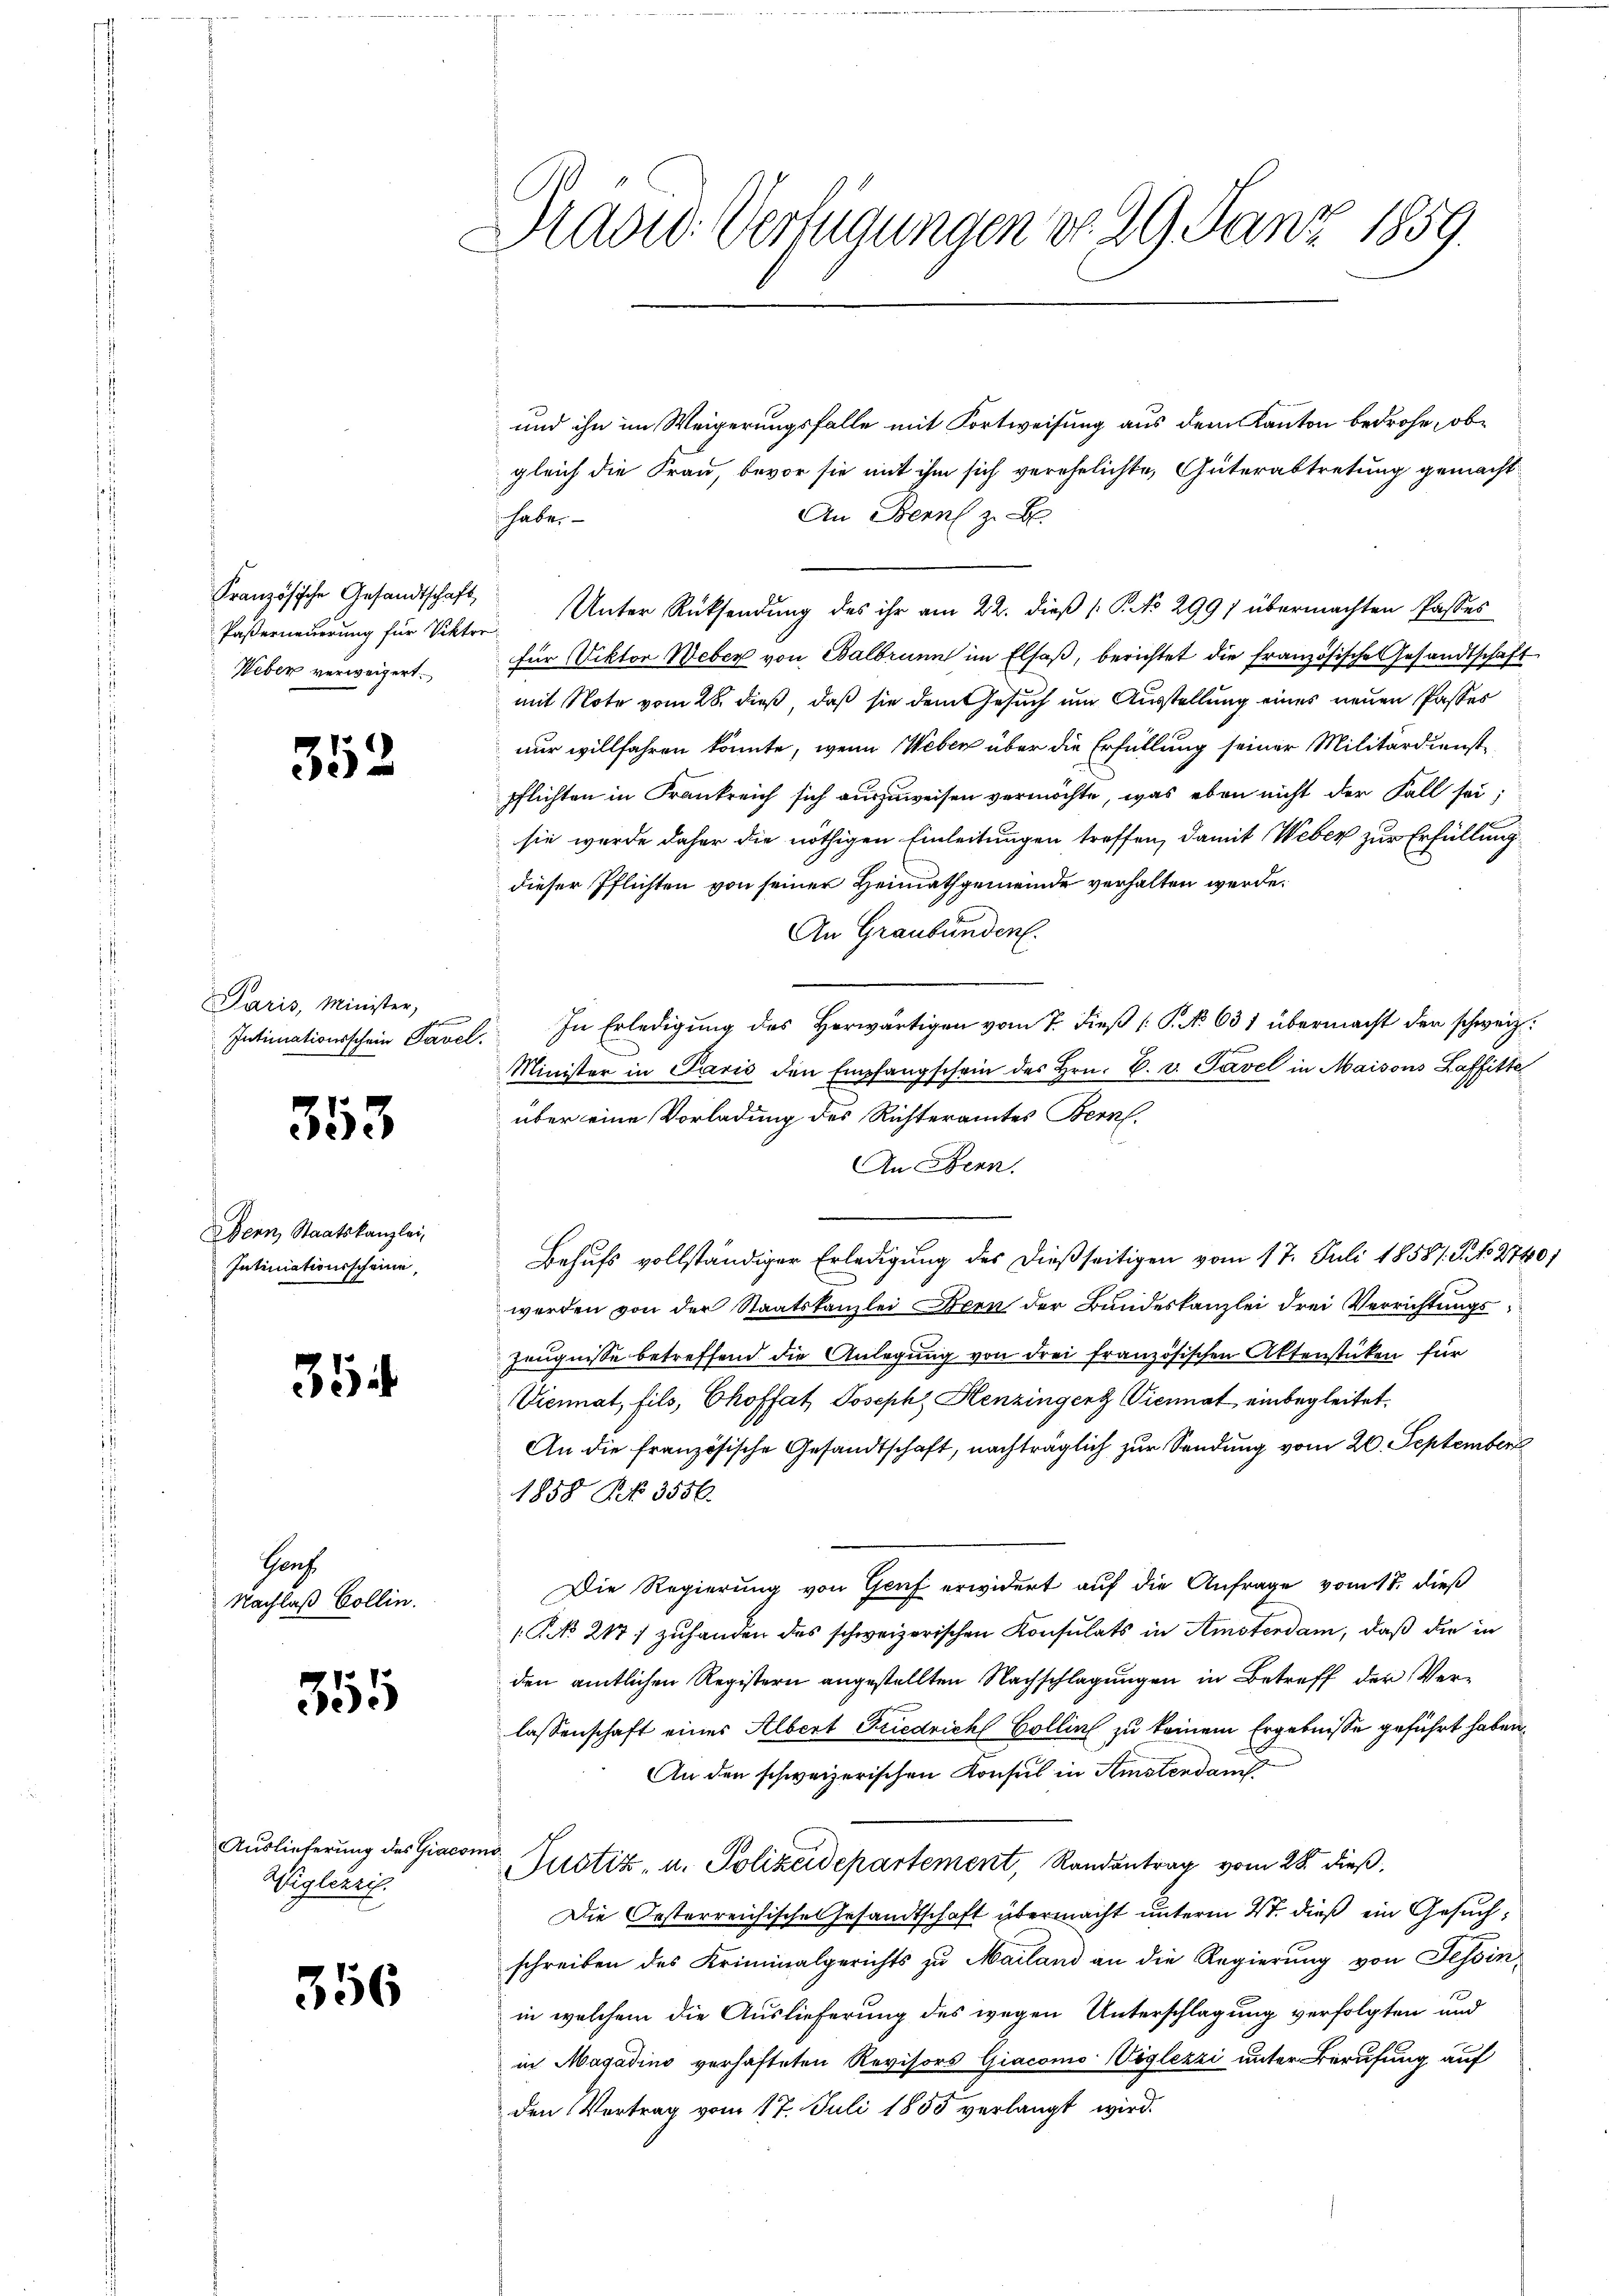
Paserneuerung für Viktor
Weber verweigert.

352

Paris, Minister,
Intimationsschein Tavel.

353

Bern Staatskanzlei,
Intimationsscheine,

354

Gruh.
Nachlaß Collin.

355

Auslieferung des Giacomo¬
Wiglezzif.

356

Draord. Verfügungen do. 29. Janz 1859

und ihn im Weigerungsfalle mit Fortweisung aus dem Kanton bedrohe, obgleich die Frau, bevor sie mit ihm sich verehelichte, Güterabtretung gemacht
An Bern z. B.
habe.
Französische Gesandtschaft Unter Rücksendung des ihr am 22. dieβ (: P. No 2991 übermachten Passes
für Viktor Weber von Balbrunn im Elsaß, berichtet die französische Gesandtschaft
mit Note vom 28. dieß, daß sie dem Gesuch um Ausstellung eines neuen Passes
nur willfahren könnte, wenn Weber über die Erfüllung seiner Militärdienst-
pflichten in Frankreich sich auszuweisen vermöchte, was eben nicht der Fall sei;
sie wurde daher die nöthigen Einleitungen treffen, damit Weber zur Erfüllung
dieser Pflichten von seiner Heimathgemeinde verhalten werde.
An Graubünden.
In Erledigung des Herwärtigen vom 7. dieß (P. No 631 übermacht der schweiz.
Minister in Paris den Empfangschein des Hrn. C. v. Savel in Maisons Laffitte
über eine Vorladung des Richteramtes Bern.
An Bern.
Behufs vollständiger Erledigung des dießseitigen vom 17. Juli 18587. P. Nr. 2740/
werden von der Staatskanzlei Bern der Bundeskanzlei drei Verrichtungs
Zeugnisse betreffend die Anlegung von drei französischen Aktenstüken für
Viennat, fils, Choffat, Joseph Henzingert Viennat einbegleitet.
An die französische Gesandtschaft, nachträglich zur Sendung vom 20. Septemberg
1858 Nr. 3556.
Die Regierung von Genf erwidert auf die Anfrage vom 17. dieß
1 No 2177 zuhanden des schweizerischen Konsulats in Amsterdam, daß die in
den amtlichen Registern angestellten Nachschlagungen in Betreff der Verlassenschaft eines Albert Friedrich Bollin zu keinem Ergebnisse geführt haben,
An den schweizerischen Konsul in Amstendan
Justiz- u. Polizeidepartement, Randantrag vom 28. dieß,
Die Oesterreichisches Gesandtschaft übermacht unterm 27. dieß ein Gesuchschreiben des Kriminalgerichts zu Mailand an die Regierung von Tessin,
in welchem die Auslieferung des wegen Unterschlagung verfolgten und
in Magadino verhafteten Revisors Giacomo Viglezzi unter Berufung auf
den Vertrag vom 17. Juli 1855 verlangt wird.